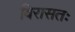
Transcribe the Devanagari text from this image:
विरासतः